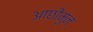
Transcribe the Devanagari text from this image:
आछीमुन